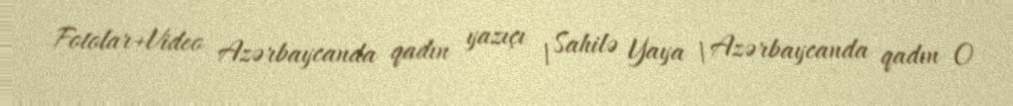
Fotolar+Video Azərbaycanda qadın yazıçı | Sahilə Yaya | Azərbaycanda qadın O